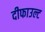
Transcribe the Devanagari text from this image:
दीफाउल्ट